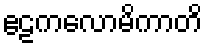
ဧဠကလောမိကာတိ